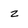
Character: z